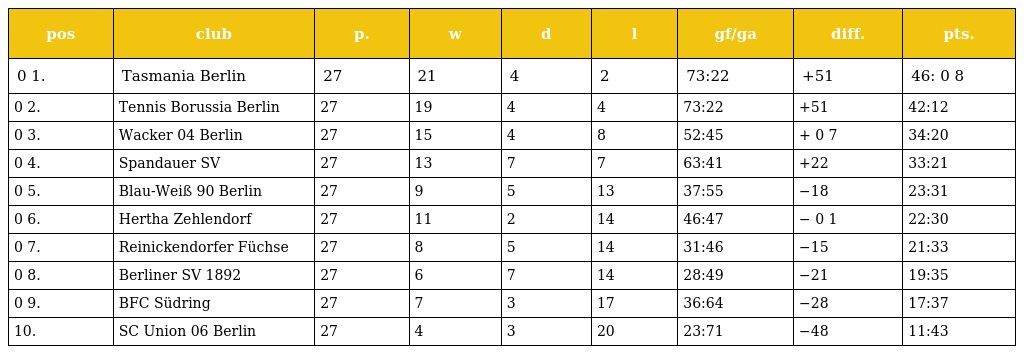
| pos | club | p. | w | d | l | gf/ga | diff. | pts. |
 | --- | --- | --- | --- | --- | --- | --- | --- | --- |
 | 0 1. | Tasmania Berlin | 27 | 21 | 4 | 2 | 73:22 | +51 | 46: 0 8 |
 | 0 2. | Tennis Borussia Berlin | 27 | 19 | 4 | 4 | 73:22 | +51 | 42:12 |
 | 0 3. | Wacker 04 Berlin | 27 | 15 | 4 | 8 | 52:45 | + 0 7 | 34:20 |
 | 0 4. | Spandauer SV | 27 | 13 | 7 | 7 | 63:41 | +22 | 33:21 |
 | 0 5. | Blau-Weiß 90 Berlin | 27 | 9 | 5 | 13 | 37:55 | −18 | 23:31 |
 | 0 6. | Hertha Zehlendorf | 27 | 11 | 2 | 14 | 46:47 | − 0 1 | 22:30 |
 | 0 7. | Reinickendorfer Füchse | 27 | 8 | 5 | 14 | 31:46 | −15 | 21:33 |
 | 0 8. | Berliner SV 1892 | 27 | 6 | 7 | 14 | 28:49 | −21 | 19:35 |
 | 0 9. | BFC Südring | 27 | 7 | 3 | 17 | 36:64 | −28 | 17:37 |
 | 10. | SC Union 06 Berlin | 27 | 4 | 3 | 20 | 23:71 | −48 | 11:43 |